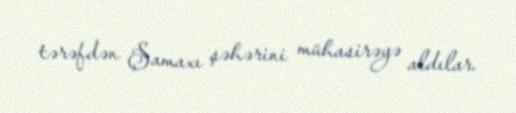
tərəfdən Şamaxı şəhərini mühasirəyə aldılar.